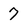
Character: 7